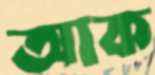
আক